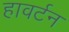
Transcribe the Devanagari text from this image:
हावर्टन